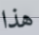
هذا